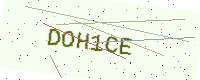
Text: DOH1CE